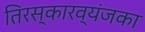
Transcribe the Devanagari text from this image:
तिरस्कारव्यंजका